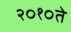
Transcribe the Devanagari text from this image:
२०१०ते